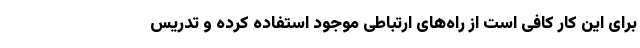
برای این کار کافی است از راه‌های ارتباطی موجود استفاده کرده و تدریس